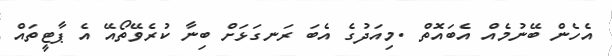
އެހެން ބޭނުމެއް އެބައޮތް .މިއަދުގެ އެބަ ރަނގަޅަށް ބިނާ ކުރެވޭތޯއޭ އެ ޕާޓީތައް